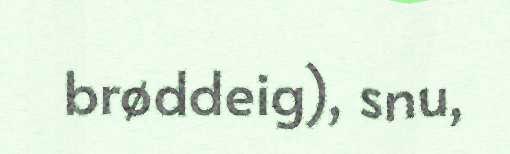
brøddeig), snu,